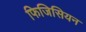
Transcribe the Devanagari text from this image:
फिजिसियन